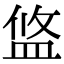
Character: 𥁮